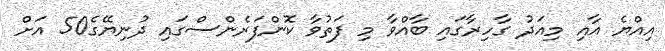
އިއްޔެ އާއި މިއަދު ގާހިރާގައި ބާއްވާ މި ފަތުވާ ކޮންފަރެންސްގައި ދުނިޔޭގެ50 އަށް